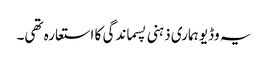
یہ وڈیو ہماری ذہنی پسماندگی کا استعارہ تھی۔